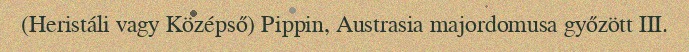
(Heristáli vagy Középső) Pippin, Austrasia majordomusa győzött III.